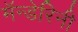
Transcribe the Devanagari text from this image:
मॅन्डेरिनी